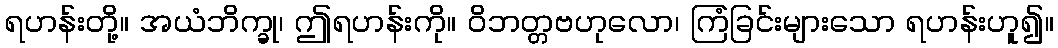
ရဟန်းတို့။ အယံဘိက္ခု၊ ဤရဟန်းကို။ ဝိဘတ္တဗဟုလော၊ ကြံခြင်းများသော ရဟန်းဟူ၍။